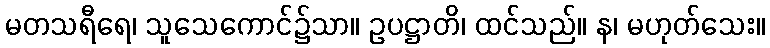
မတသရီရေ၊ သူသေကောင်၌သာ။ ဥပဋ္ဌာတိ၊ ထင်သည်။ န၊ မဟုတ်သေး။